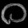
Digit: ၀